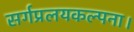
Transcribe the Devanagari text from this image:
सर्गप्रलयकल्पना।